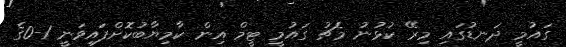
ގައުމީ ދަނޑުގައި މިރޭ ކުޅުނު މެޗު ގައުމީ ޓީމް އިން ކާމިޔާބުކޮށްފައިވަނީ 1-0ގެ